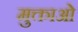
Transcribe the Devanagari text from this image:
मुक्ताओं